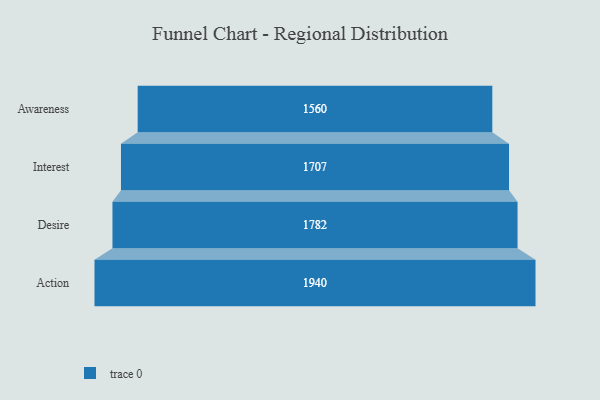
{"axis": {"x": "Stage", "y": "Value"}, "legend": [""], "data": [{"x": "Awareness", "y": 1560.0, "type": ""}, {"x": "Interest", "y": 1707.0, "type": ""}, {"x": "Desire", "y": 1782.0, "type": ""}, {"x": "Action", "y": 1940.0, "type": ""}]}